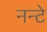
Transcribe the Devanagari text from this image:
नन्टे